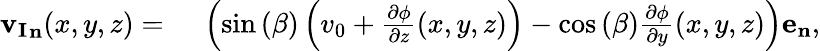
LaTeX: \begin{array}{rl}{\mathbf{{v_{I}}_{n}}(x,y,z)={}}&{{}\left(\sin{(\beta)}\left(v_{0}+\frac{\partial\phi}{\partial z}(x,y,z)\right)-\cos{(\beta)}\frac{\partial\phi}{\partial y}(x,y,z)\right)\mathbf{e_{n}},}\end{array}